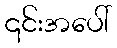
၎င်းအပေါ်